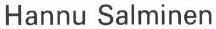
Hannu Salminen